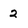
Character: 2